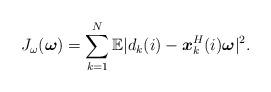
LaTeX: \begin{align*}{J_{\omega}({\boldsymbol \omega})} = \sum_{k=1}^{N}{\mathbb{E} |{ d_k(i)}-{\boldsymbol x_k^H(i)}{\boldsymbol \omega}|^2}.\end{align*}